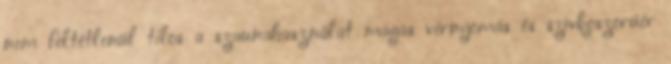
nem feltétlenül tilos a szaunahasználat magas vérnyomás és szívkoszorúér